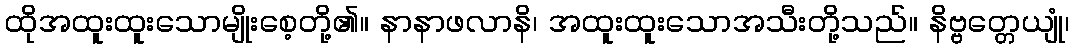
ထိုအထူးထူးသောမျိုးစေ့တို့၏။ နာနာဖလာနိ၊ အထူးထူးသောအသီးတို့သည်။ နိဗ္ဗတ္တေယျုံ၊